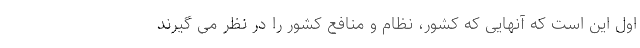
اول این است که آنهایی که کشور، نظام و منافع کشور را در نظر می گیرند